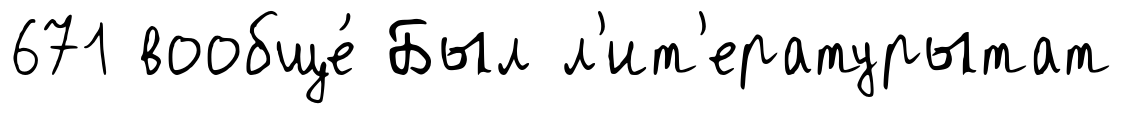
671 вообще́ Был л'ит'ературытат